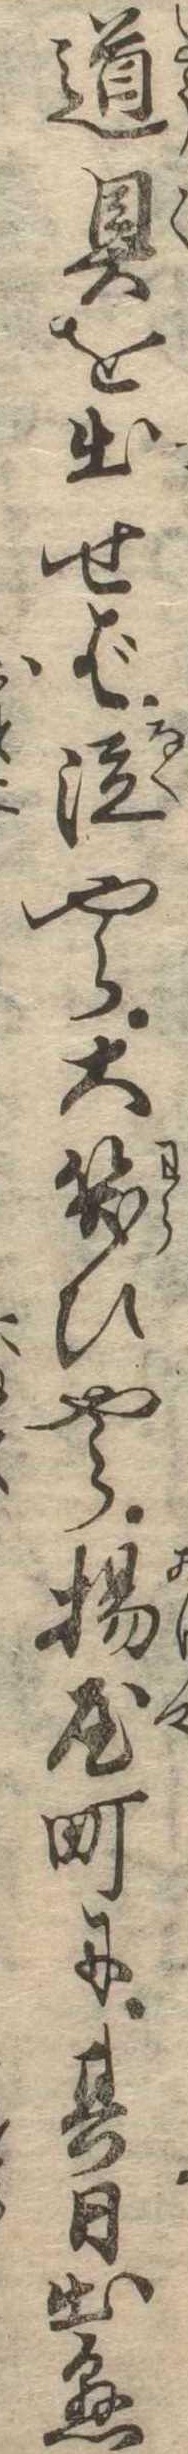
道具を出せば泣やら大笑ひやら揚屋町に其日出懸